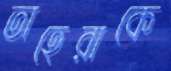
তাহেরাকে